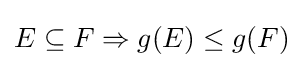
E\subseteq F\Rightarrow g(E)\leq g(F)